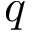
q